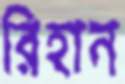
রিহান